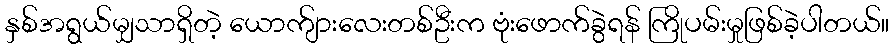
နှစ်အရွယ်မျှသာရှိတဲ့ ယောက်ျားလေးတစ်ဦးက ဗုံးဖောက်ခွဲရန် ကြိုပမ်းမှုဖြစ်ခဲ့ပါတယ်။